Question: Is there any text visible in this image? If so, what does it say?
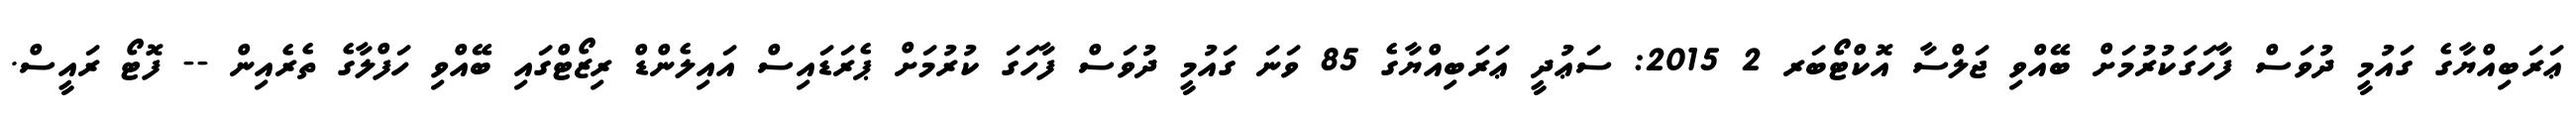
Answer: ޢަރަބިއްޔާގެ ގައުމީ ދުވަސް ފާހަގަކުރުމަށް ބޭއްވި ޖަލްސާ އޮކްޓޯބަރ 2 2015: ސަޢުދީ ޢަރަބިއްޔާގެ 85 ވަނަ ގައުމީ ދުވަސް ފާހަގަ ކުރުމަށް ޕެރަޑައިސް އައިލެންޑް ރިޒޯޓްގައި ބޭއްވި ހަފްލާގެ ތެރެއިން -- ފޮޓޯ ރައީސް.